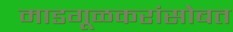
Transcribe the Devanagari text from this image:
माडगूळकरांसोबत